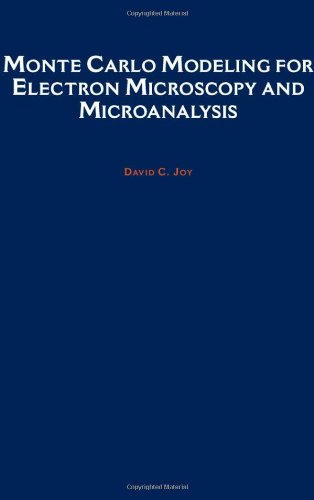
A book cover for Monte Carlo Modeling for Electron Microscopy and Microanalysis (Oxford Series in Optical and Imaging Sciences); David C. Joy; Computers & Technology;